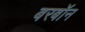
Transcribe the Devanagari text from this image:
बरबॉन